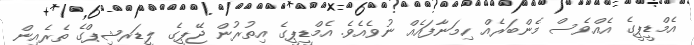
އެމްޑީޕީގެ އެއްވެސް މެންބަރެއް ހިމަނާފައެއް ނުވެއެވެ. އެމްޑީޕީގެ އިތުރުން ޖޭޕީގެ ލީޑަރޝިޕްގެ ތެރެއިން